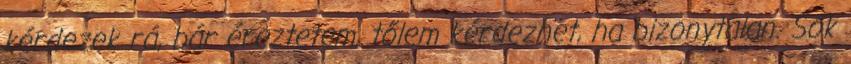
kérdezek rá, bár éreztetem, tőlem kérdezhet, ha bizonytalan. Sok